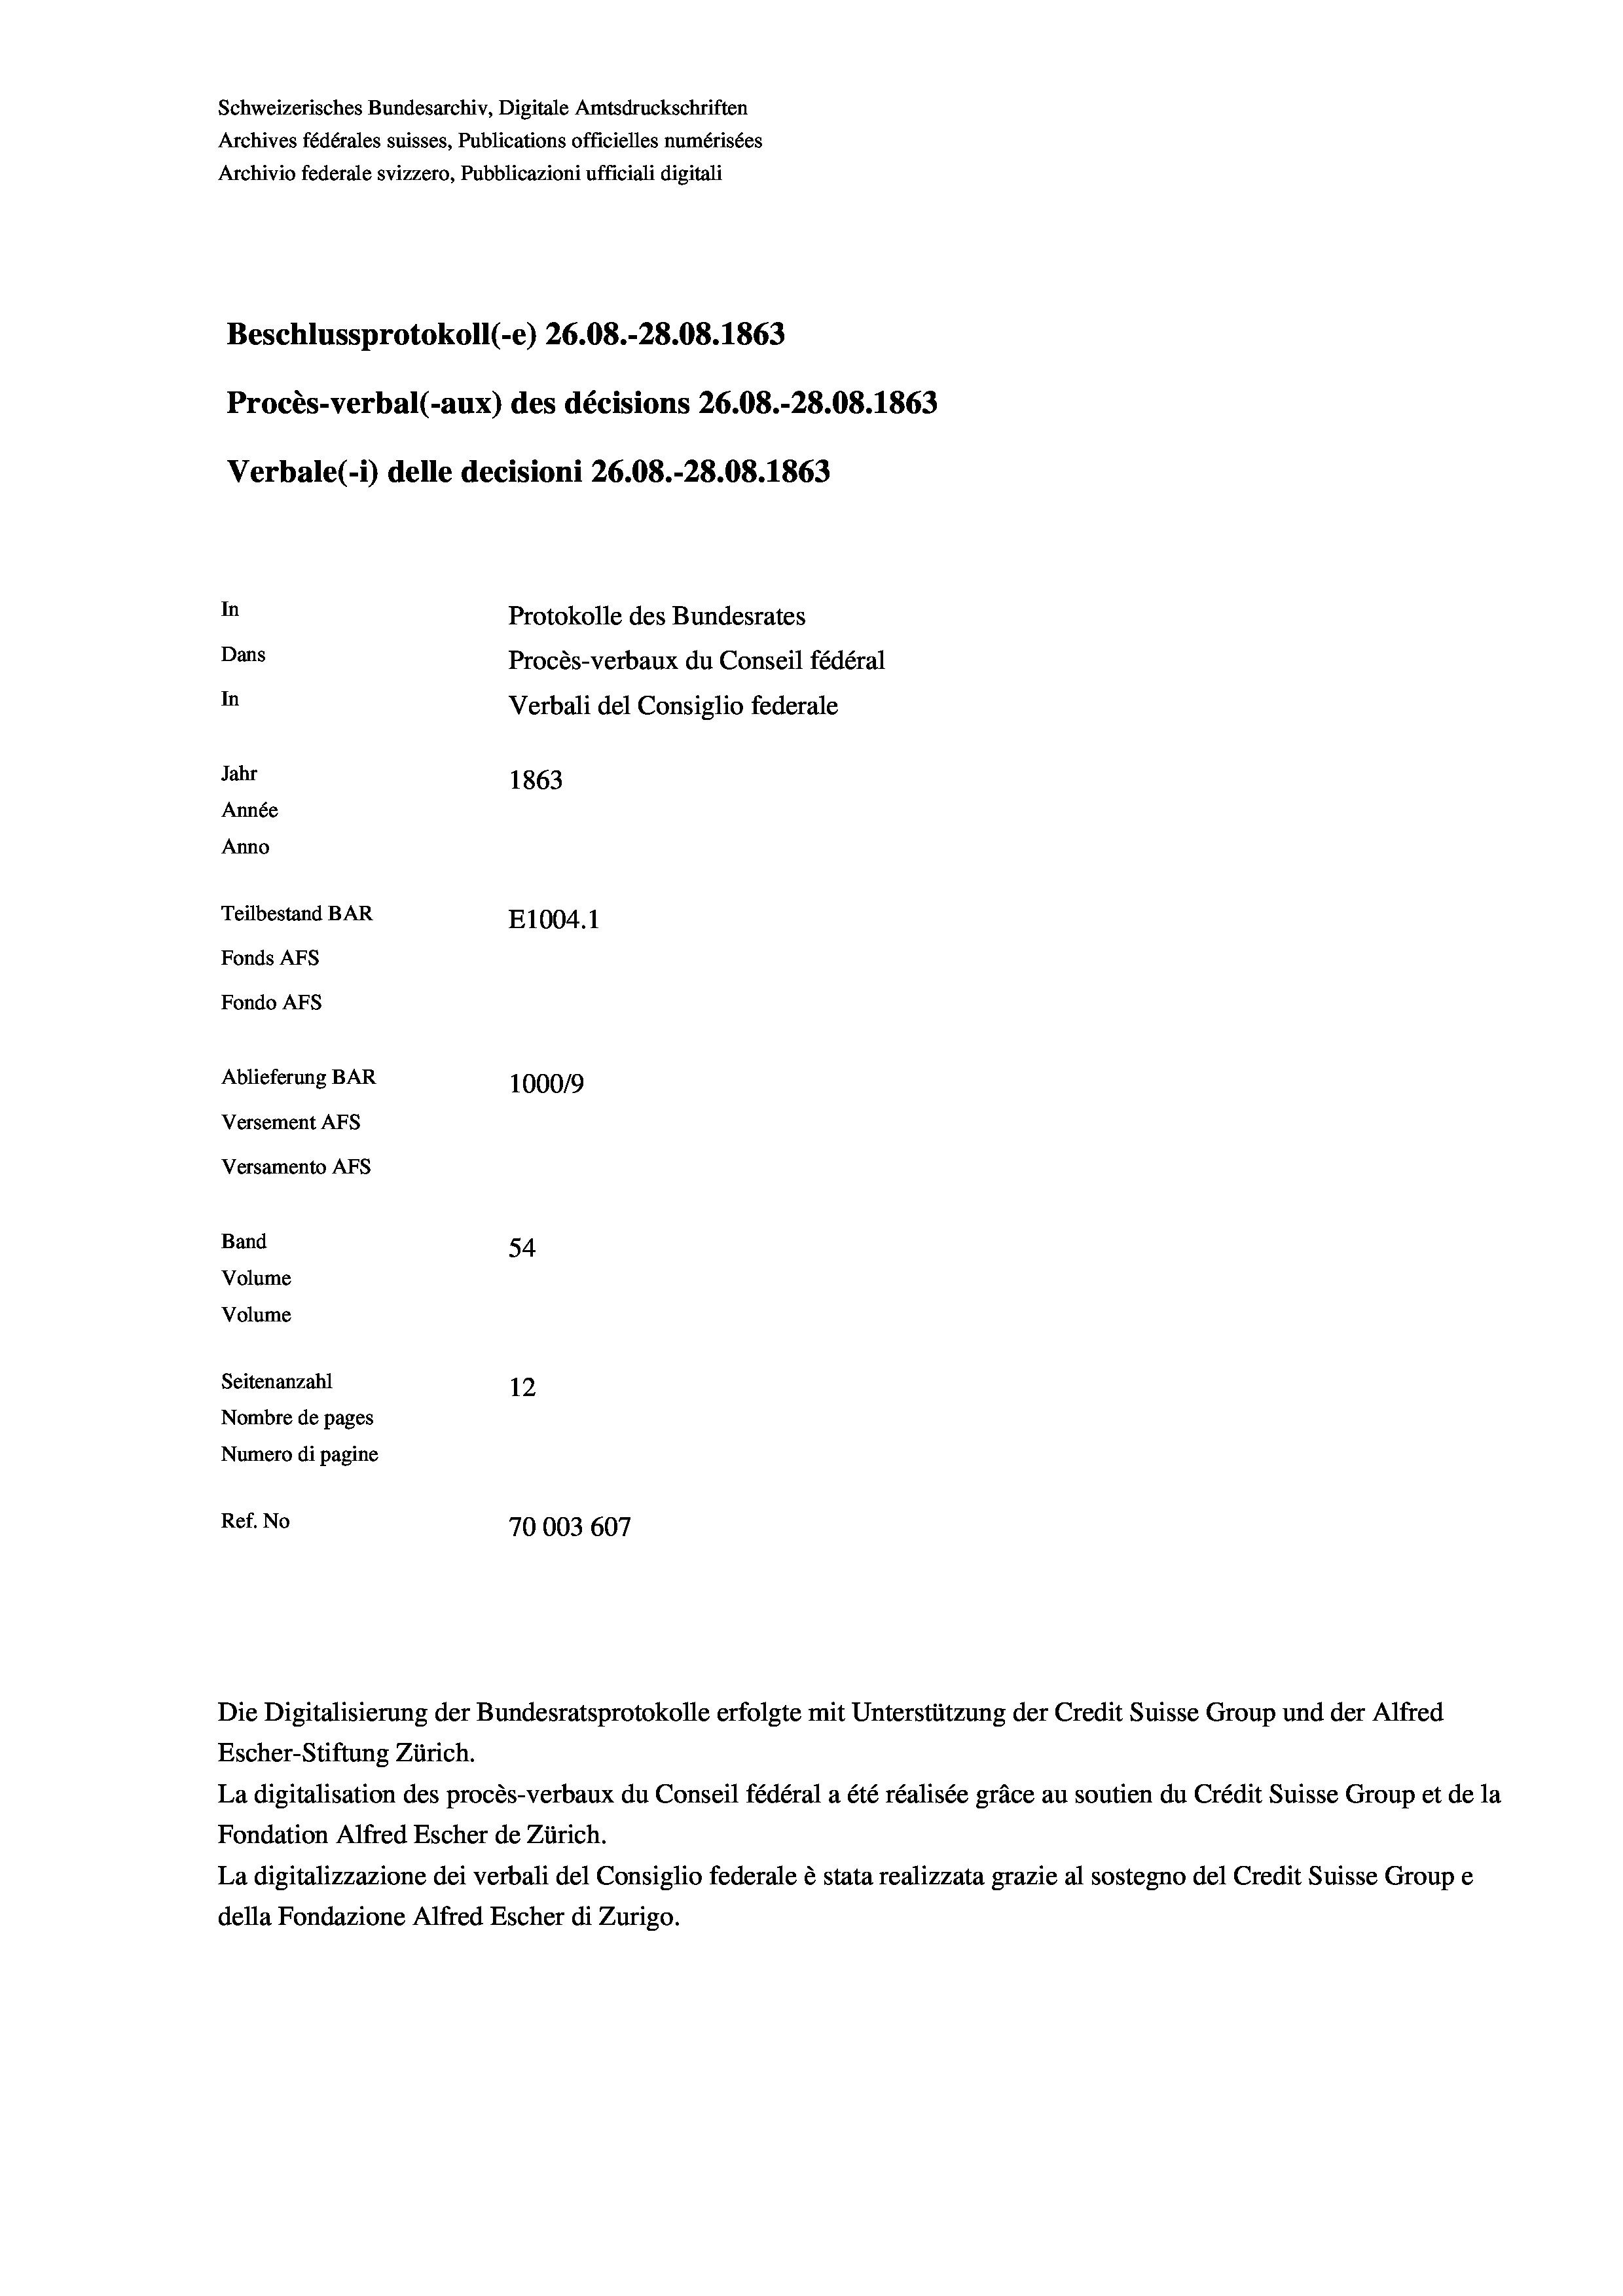
Schweizerisches Bundesarchiv, Digitale Amtsdruckschriften
Archives fédérales suisses, Publications officielles numérisées
Archivio federale svizzero, Pubblicazioni ufficiali digitali
Beschlussprotokoll (-e) 26.08.-28.08. 1863
Procès-verbal (-aux) des décisions 26.08.-28.08. 1863
In
Protokolle des Bundesrates
Dans
Procès-verbaux du Conseil fédéral
In
Verbali del Consiglio federale
Jahr
1863
Année
Anno
Teilbestand BAR
E1004.1
Fonds AFs
Fondo Afs

Ablieferung BAR
Versement AFs
Versamento Afs
Band
Volume
Volume

Verbale(-*) delle decisioni 26.08.-28.08. 1863

100019
54
Seitenanzahl
12
Nombre de pages
Numero di pagine
Ref. No
70003 607

Escher-Stiftung Zürich.
La digitalisation des procès-verbaux du Conseil fédéral a été réalisée gräce au soutien du Crédit Suisse Group et de la
Fondation Alfred Escher de Zürich.
La digitalizzazione dei verbali del Consiglio federale è stata realizzata grazie al sostegno del Credit Suisse Groupe
della Fondazione Alfred Escher di Zurigo.

Die Digitalisierung der Bundesratsprotokolle erfolgte mit Unterstützung der Credit Suisse Group und der Alfred